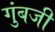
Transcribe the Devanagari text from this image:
गुंबजी